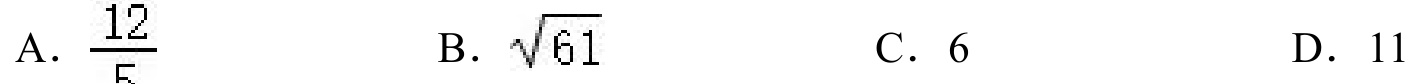
A. \(\frac{12}{5}\)  B. \(\sqrt{61}\)  C. \(6\)  D. \(11\)